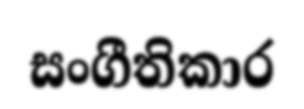
සංගීතිකාර